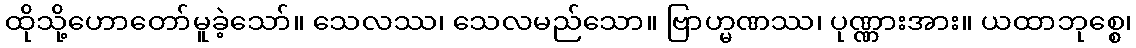
ထိုသို့ဟောတော်မူခဲ့သော်။ သေလဿ၊ သေလမည်သော။ ဗြာဟ္မဏဿ၊ ပုဏ္ဏားအား။ ယထာဘုစ္စေ၊